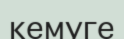
кемуге